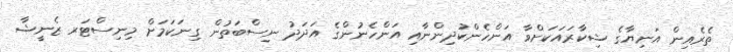
ތެރެއިން އަނިޔާގެ ޝިކާރައަކަށްވާ އަންހެންކުދިންނާއި އަންހެނުންގެ އަދަދު ނިސްބަތުން ގިނަކަމަށް މިނިސްޓަރ ޒެނީޝާ